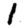
Digit: 1